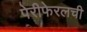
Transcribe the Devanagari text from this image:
पेरीफेरलची